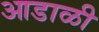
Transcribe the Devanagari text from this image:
आडाळी